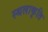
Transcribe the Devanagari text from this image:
स्‍थलाकृति